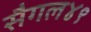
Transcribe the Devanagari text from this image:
सैगल४९